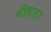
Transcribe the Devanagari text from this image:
मीडला